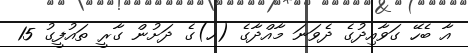
އާ ބެހޭ ގަވާއިދުގެ ދެވަނަ މާއްދާގެ (ހ)ގެ ދަށުން ގާރީ ތައުފީގު 15